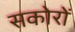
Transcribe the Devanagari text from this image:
सकोरों